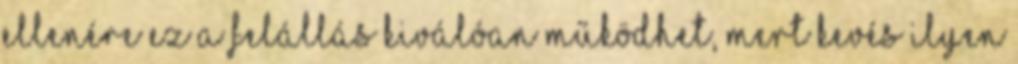
ellenére ez a felállás kiválóan működhet, mert kevés ilyen